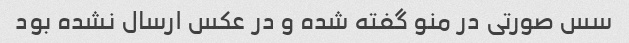
سس صورتی در منو گفته شده و در عکس ارسال نشده بود